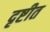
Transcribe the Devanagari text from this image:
दृष्टीत